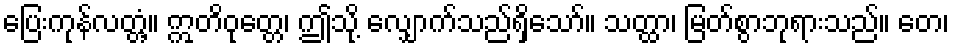
ပြေးကုန်လတ္တံ့။ ဣတိဝုတ္တေ၊ ဤသို့ လျှောက်သည်ရှိသော်။ သတ္ထာ၊ မြတ်စွာဘုရားသည်။ တေ၊